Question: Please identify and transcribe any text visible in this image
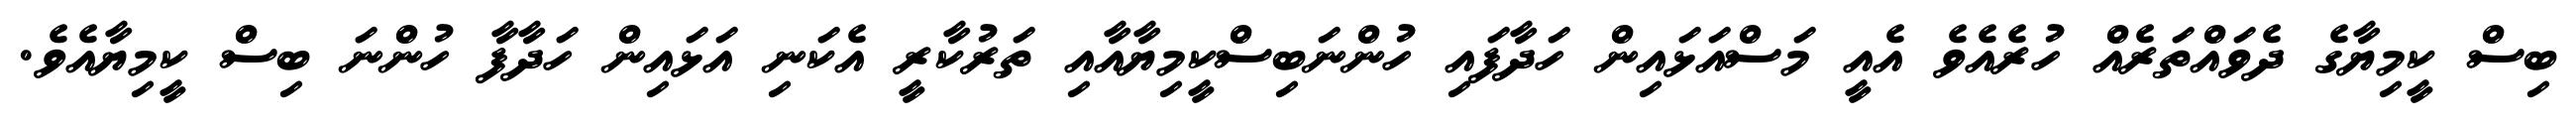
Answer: ބިސް ކީމިޔާގެ ދެވައްތަރެއް ހުރެއެވެ އެއީ މަސްއަޅައިން ހަދާފައި ހުންނަބިސްކީމިޔާއާއި ތަރުކާރީ އެކަނި އަޅައިން ހަދާފާ ހުންނަ ބިސް ކީމިޔާއެވެ.